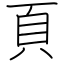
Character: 頁